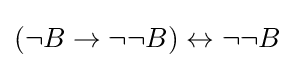
(\neg B\to \neg \neg B)\leftrightarrow \neg \neg B